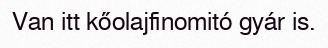
Van itt kőolajfinomitó gyár is.